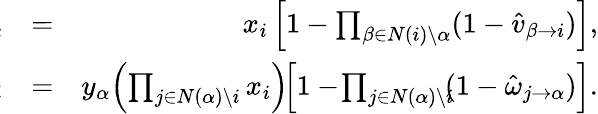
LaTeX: \begin{array}{rlr}{\! \! \! \! \! \! \! \! \! \! \! \! \hat{\omega}_{i\rightarrow\alpha}}&{=}&{x_{i}\left[1-\prod_{\beta\in N(i)\setminus\alpha}(1-\hat{v}_{\beta\rightarrow i})\right],}\\ {\! \! \! \! \! \! \! \! \! \! \! \! \hat{v}_{\alpha\rightarrow i}}&{=}&{y_{\alpha}\! \left(\prod_{j\in N(\alpha)\setminus i}x_{i}\right)\! \! \left[1-\! \prod_{j\in N(\alpha)\setminus i}\! \! (1-\hat{\omega}_{j\rightarrow\alpha})\right].}\end{array}